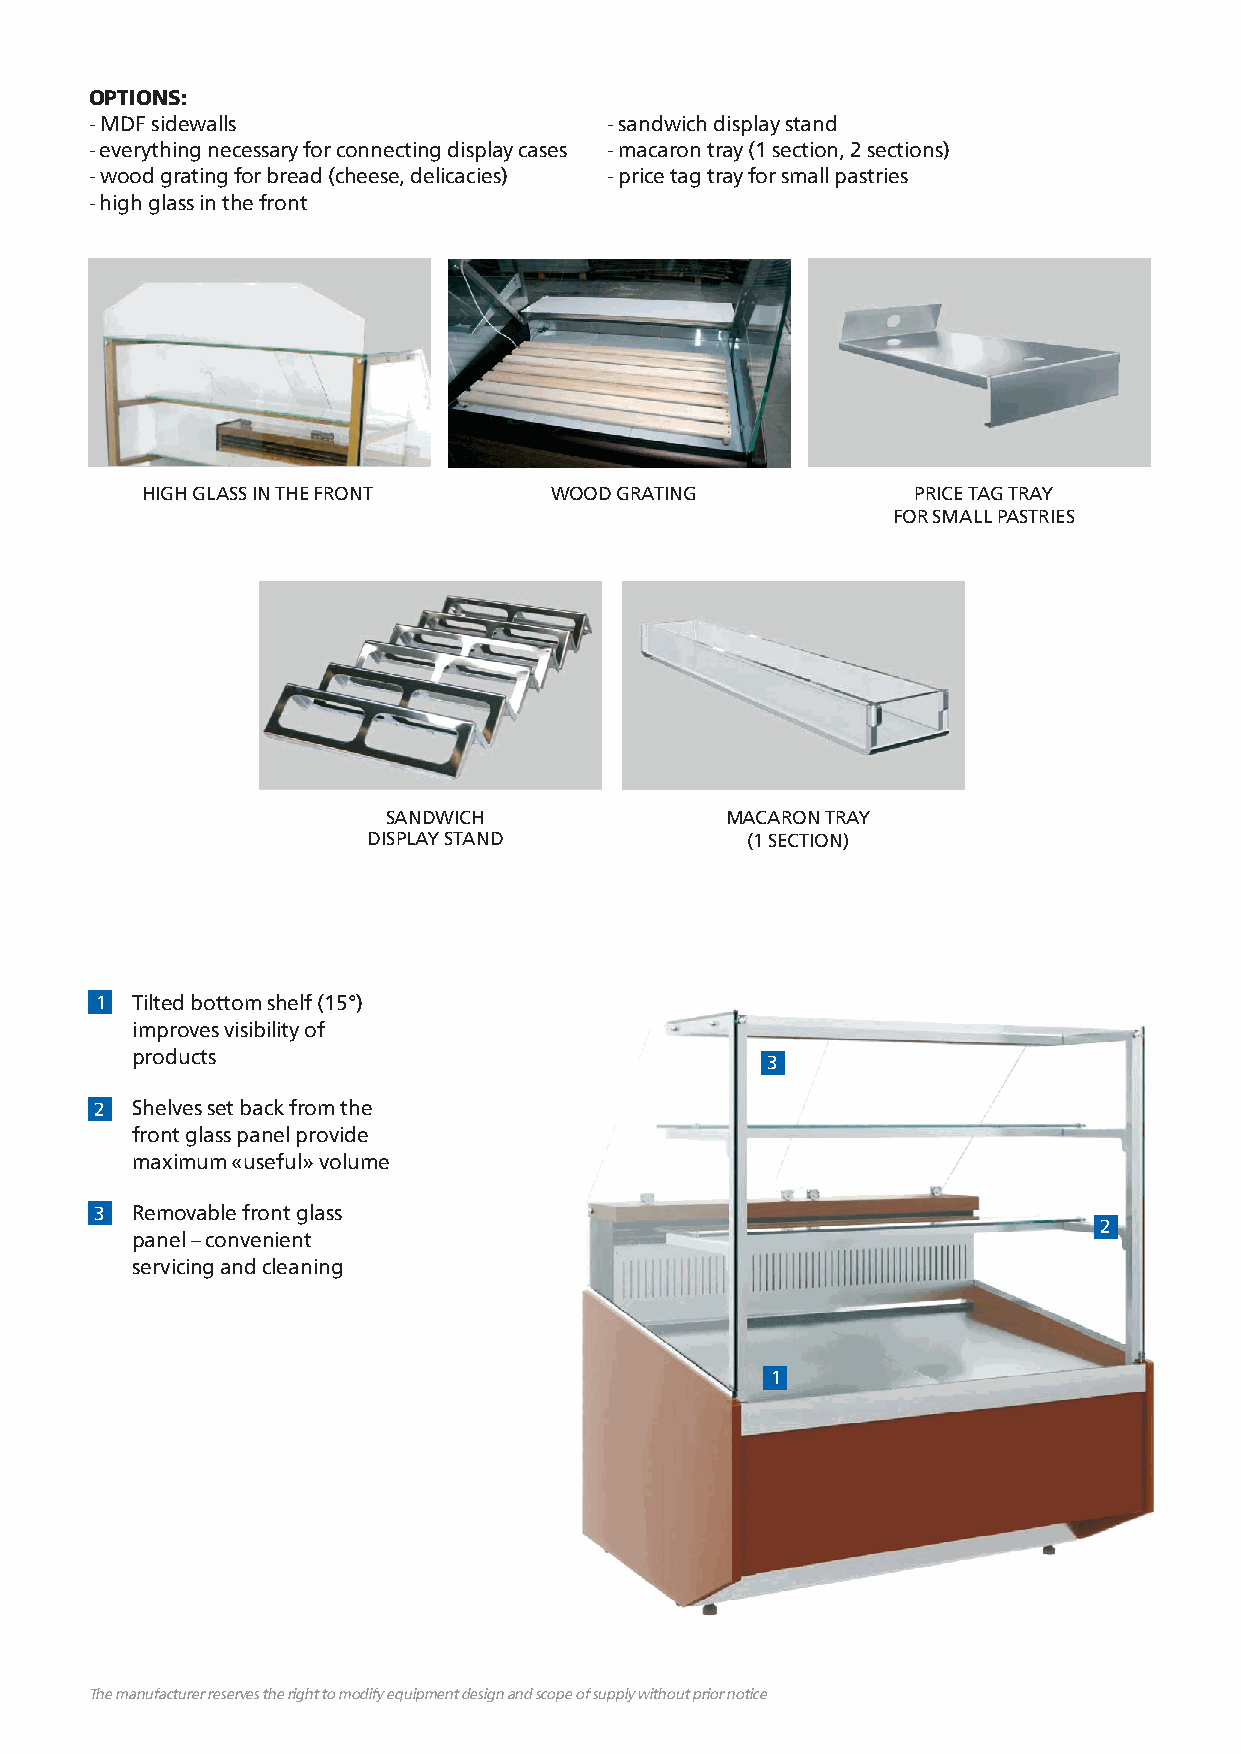
OPTIONS:
 - MDF sidewalls                   - sandwich display stand
 - everything necessary for connecting display cases - macaron tray (1 section, 2 sections)
 - wood grating for bread (cheese, delicacies) - price tag tray for small pastries
 - high glass in the front
 HIGH GLASS IN THE FRONT    WOOD GRATING            PRICE TAG TRAY
 FOR SMALL PASTRIES
 SANDWICH              MACARON TRAY
 DISPLAY STAND            (1 SECTION)
 1  Tilted bottom shelf (15°)
 improves visibility of
 products
 3
 2  Shelves set back from the
 front glass panel provide
 maximum «useful» volume
 3  Removable front glass
 2
 panel – convenient
 servicing and cleaning
 1
 The manufacturer reserves the right to modify equipment design and scope of supply without prior notice The manufacturer reserves the right to modify equipment design and scope of supply without prior notice